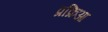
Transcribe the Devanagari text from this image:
प्रक्रिआ